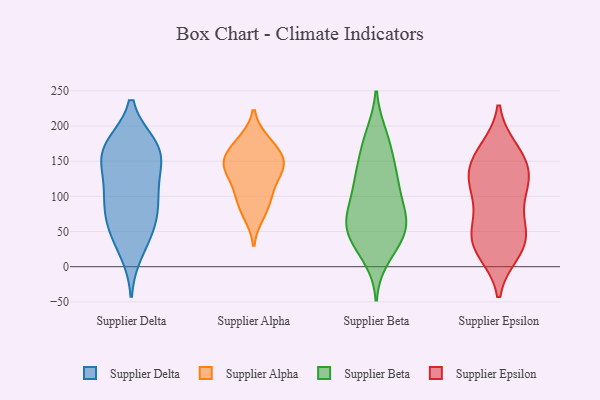
{"axis": {"x": "Temperature (°C)", "y": "Value"}, "legend": ["Supplier Alpha", "Supplier Beta", "Supplier Delta", "Supplier Epsilon"], "data": [{"x": "", "y": 172, "type": "Supplier Delta"}, {"x": "", "y": 44, "type": "Supplier Delta"}, {"x": "", "y": 58, "type": "Supplier Delta"}, {"x": "", "y": 170, "type": "Supplier Delta"}, {"x": "", "y": 114, "type": "Supplier Delta"}, {"x": "", "y": 81, "type": "Supplier Delta"}, {"x": "", "y": 148, "type": "Supplier Delta"}, {"x": "", "y": 97, "type": "Supplier Delta"}, {"x": "", "y": 68, "type": "Supplier Delta"}, {"x": "", "y": 150, "type": "Supplier Delta"}, {"x": "", "y": 107, "type": "Supplier Delta"}, {"x": "", "y": 165, "type": "Supplier Delta"}, {"x": "", "y": 22, "type": "Supplier Delta"}, {"x": "", "y": 171, "type": "Supplier Delta"}, {"x": "", "y": 103, "type": "Supplier Alpha"}, {"x": "", "y": 138, "type": "Supplier Alpha"}, {"x": "", "y": 142, "type": "Supplier Alpha"}, {"x": "", "y": 145, "type": "Supplier Alpha"}, {"x": "", "y": 117, "type": "Supplier Alpha"}, {"x": "", "y": 175, "type": "Supplier Alpha"}, {"x": "", "y": 74, "type": "Supplier Alpha"}, {"x": "", "y": 157, "type": "Supplier Alpha"}, {"x": "", "y": 178, "type": "Supplier Alpha"}, {"x": "", "y": 89, "type": "Supplier Alpha"}, {"x": "", "y": 149, "type": "Supplier Alpha"}, {"x": "", "y": 184, "type": "Supplier Beta"}, {"x": "", "y": 165, "type": "Supplier Beta"}, {"x": "", "y": 145, "type": "Supplier Beta"}, {"x": "", "y": 121, "type": "Supplier Beta"}, {"x": "", "y": 75, "type": "Supplier Beta"}, {"x": "", "y": 187, "type": "Supplier Beta"}, {"x": "", "y": 73, "type": "Supplier Beta"}, {"x": "", "y": 41, "type": "Supplier Beta"}, {"x": "", "y": 53, "type": "Supplier Beta"}, {"x": "", "y": 63, "type": "Supplier Beta"}, {"x": "", "y": 14, "type": "Supplier Beta"}, {"x": "", "y": 63, "type": "Supplier Beta"}, {"x": "", "y": 124, "type": "Supplier Beta"}, {"x": "", "y": 30, "type": "Supplier Beta"}, {"x": "", "y": 34, "type": "Supplier Beta"}, {"x": "", "y": 130, "type": "Supplier Beta"}, {"x": "", "y": 107, "type": "Supplier Beta"}, {"x": "", "y": 90, "type": "Supplier Beta"}, {"x": "", "y": 60, "type": "Supplier Beta"}, {"x": "", "y": 24, "type": "Supplier Epsilon"}, {"x": "", "y": 106, "type": "Supplier Epsilon"}, {"x": "", "y": 44, "type": "Supplier Epsilon"}, {"x": "", "y": 48, "type": "Supplier Epsilon"}, {"x": "", "y": 50, "type": "Supplier Epsilon"}, {"x": "", "y": 162, "type": "Supplier Epsilon"}, {"x": "", "y": 159, "type": "Supplier Epsilon"}, {"x": "", "y": 143, "type": "Supplier Epsilon"}, {"x": "", "y": 166, "type": "Supplier Epsilon"}, {"x": "", "y": 110, "type": "Supplier Epsilon"}, {"x": "", "y": 128, "type": "Supplier Epsilon"}, {"x": "", "y": 20, "type": "Supplier Epsilon"}, {"x": "", "y": 22, "type": "Supplier Epsilon"}, {"x": "", "y": 129, "type": "Supplier Epsilon"}, {"x": "", "y": 124, "type": "Supplier Epsilon"}, {"x": "", "y": 87, "type": "Supplier Epsilon"}, {"x": "", "y": 52, "type": "Supplier Epsilon"}]}